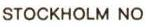
STOCKHOLM NO